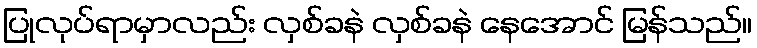
ပြုလုပ်ရာမှာလည်း လှစ်ခနဲ လှစ်ခနဲ နေအောင် မြန်သည်။